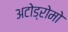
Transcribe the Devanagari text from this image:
अटोड्रोमो